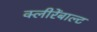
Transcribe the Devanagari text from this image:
क्लीरेंबाल्ट